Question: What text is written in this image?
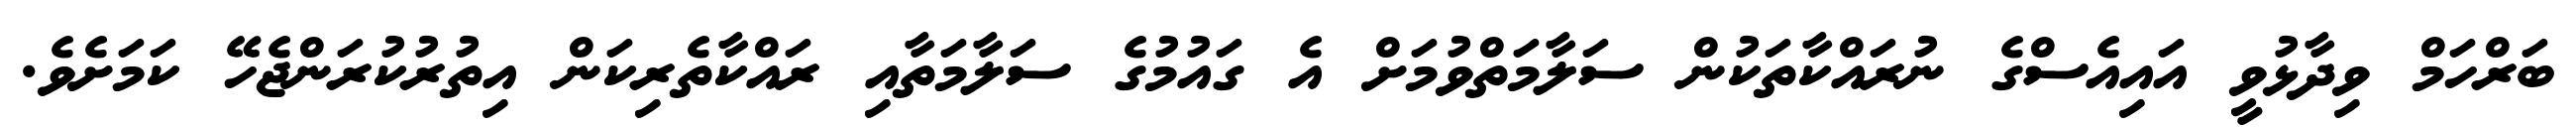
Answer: ބަރްހަމް ވިދާޅުވީ އައިއެސްގެ ނުރައްކާތަކުން ސަލާމަތްވުމަށް އެ ގައުމުގެ ސަލާމަތާއި ރައްކާތެރިކަން އިތުރުކުރަންޖެހޭ ކަމަށެވެ.